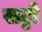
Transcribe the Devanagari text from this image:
सट्टो